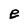
Character: e